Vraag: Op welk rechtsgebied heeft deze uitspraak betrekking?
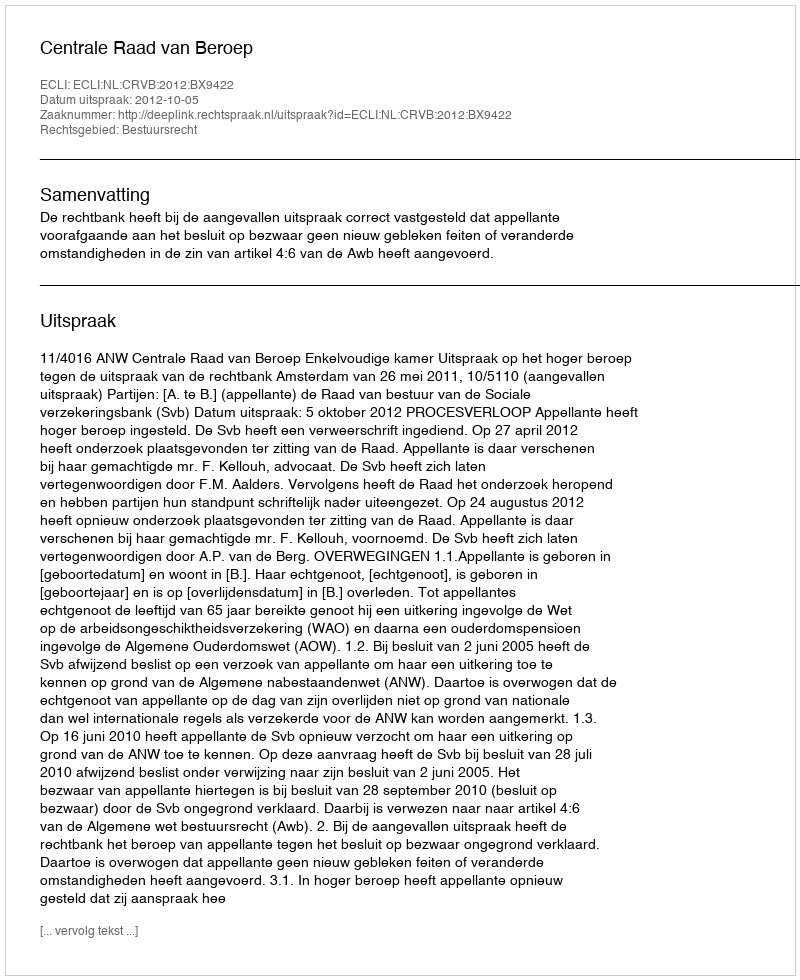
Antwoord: Bestuursrecht